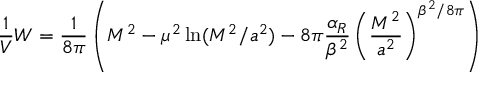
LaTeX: \frac { 1 } { V } W = \frac { 1 } { 8 \pi } \left( M ^ { 2 } - \mu ^ { 2 } \ln ( M ^ { 2 } / a ^ { 2 } ) - 8 \pi \frac { \alpha _ { R } } { \beta ^ { 2 } } \left( \frac { M ^ { 2 } } { a ^ { 2 } } \right) ^ { \beta ^ { 2 } / 8 \pi } \right)